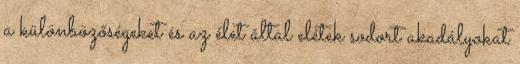
a különbözőségeket és az élet által elétek sodort akadályokat